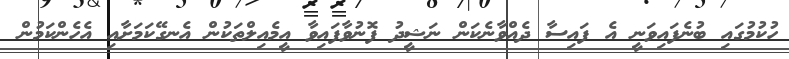
ހުކުމުގައި ބުނެފައިވަނީ އެ ފައިސާ ދެއްވާނެކަން ނަޝީދު ފޮނުވާފައިވާ އީމެއިލްތަކުން އެނގޭކަމަށާއި އެހެންކަމުން